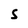
Character: S